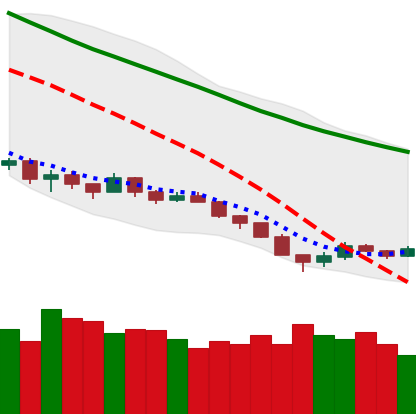
Ticker: EOS-USD
Chart end date: 2018-12-12
Forward return: 21.174%
Label: up_7plus